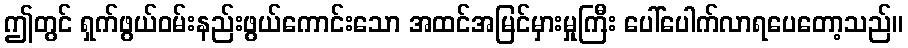
ဤတွင် ရှက်ဖွယ်ဝမ်းနည်းဖွယ်ကောင်းသော အထင်အမြင်မှားမှုကြီး ပေါ်ပေါက်လာရပေတော့သည်။